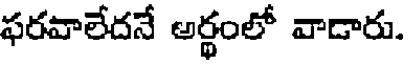
ఫరవాలేదనే అర్థంలో వాడారు.